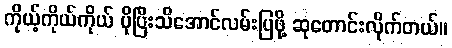
ကိုယ့်ကိုယ်ကိုယ် ပိုပြီးသိအောင်လမ်းပြဖို့ ဆုတောင်းလိုက်တယ်။